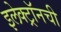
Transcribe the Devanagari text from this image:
इलेक्ट्राॅनची